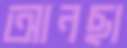
আনছা